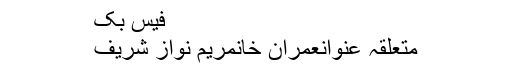
فیس بک
متعلقہ عنوانعمران خانمریم نواز شریف